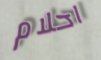
احلام